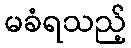
မခံရသည့်